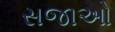
સજાઓ